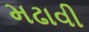
મઢાવી